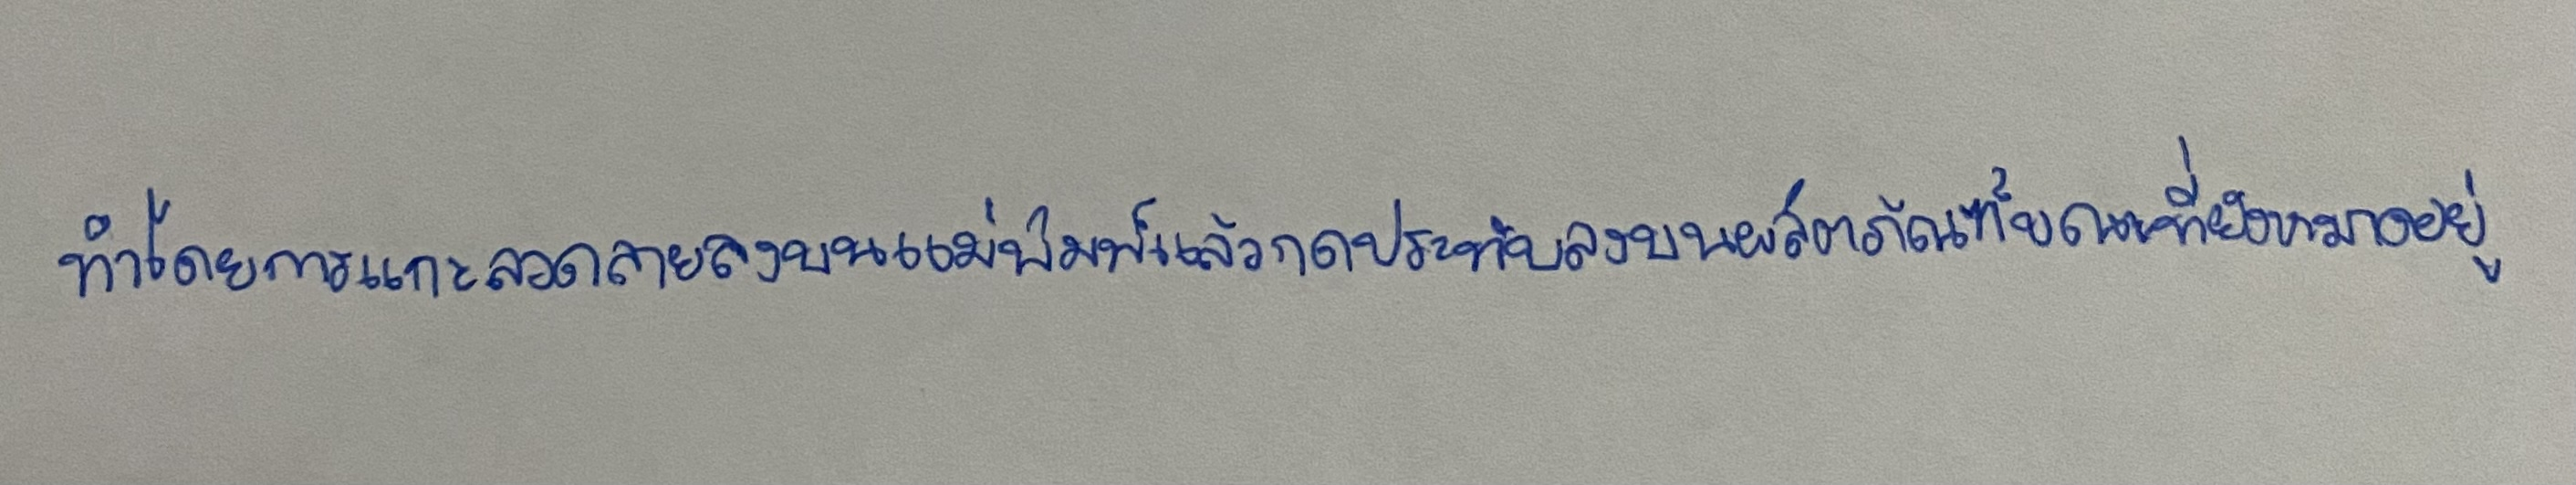
ทำโดยการแกะลวดลายลงบนแม่พิมพ์แล้วกดประทับลงบนผลิตภัณฑ์ขณะที่ยังหมาดอยู่